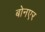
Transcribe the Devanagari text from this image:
बोनएर